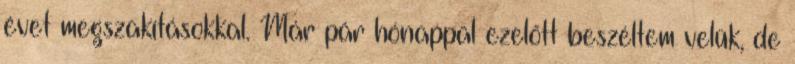
évet megszakításokkal. Már pár hónappal ezelőtt beszéltem velük, de